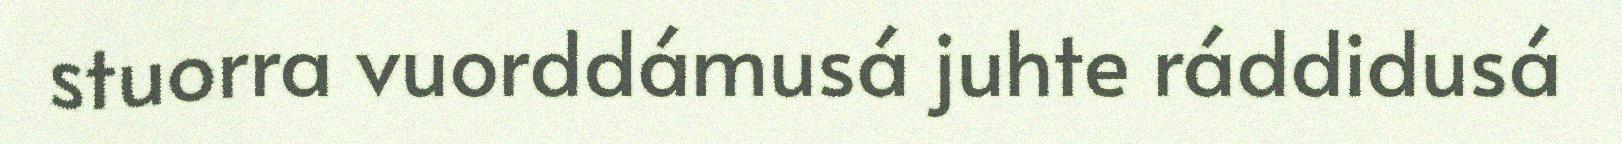
stuorra vuorddámusá juhte ráddidusá